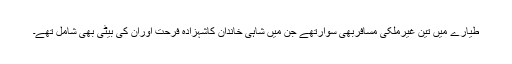
طیارے میں تین غیرملکی مسافربھی سوارتھے جن میں شاہی خاندان کاشہزادہ فرحت اوران کی بیٹی بھی شامل تھے۔